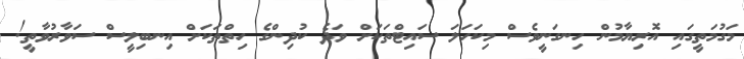
މަގުމަތީގައި އޮރިޔާމުން ހިނގަނީވެސް މިކަހަލަ ސައިޓްތަކަށް ވަދެ ކުދިންގެ ހިތްތަކަށް އިނބިލީސް ސަވާރުވާތީ!